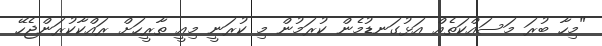
"މިހާ ބުރަ މަސައްކަތެއް އަޅުގަނޑުމެން ކުރަމުން މި ކުރަނީ މިއީ ތާރީހަށް ރައްކާކުރަންޖެހޭ